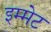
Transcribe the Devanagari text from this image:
इम्मेट